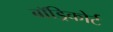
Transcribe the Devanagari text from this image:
बॉड्रिकोर्ट